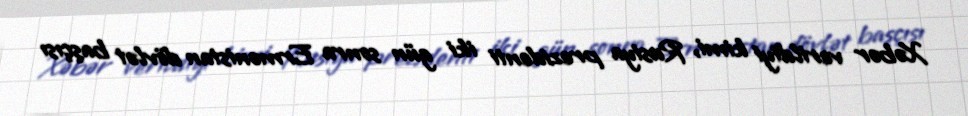
Xəbər verildiyi kimi, Rusiya prezidenti iki gün sonra Ermənistan dövlət başçısı